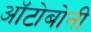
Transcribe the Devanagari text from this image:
ऑटोबोनी